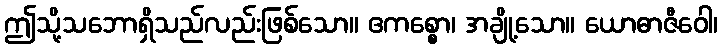
ဤသို့သဘောရှိသည်လည်းဖြစ်သော။ ဧကစ္စော၊ အချို့သော။ ယောဓာဇီဝေါ၊